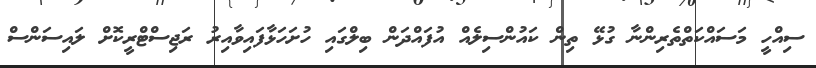
ސިއްހީ މަސައްކަތްތެރިންނާ ގުޅޭ ތިން ކައުންސިލެއް އުފައްދަން ބިލްގައި ހުށަހަޅާފައިވާއިރު ރަޖިސްޓްރީކޮށް ލައިސަންސް